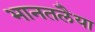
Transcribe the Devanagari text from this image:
भानतलैया